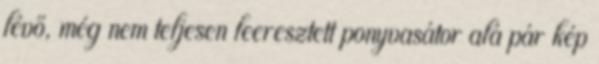
lévő, még nem teljesen leeresztett ponyvasátor alá pár kép